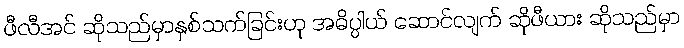
ဖီလီအင် ဆိုသည်မှာနှစ်သက်ခြင်းဟု အဓိပ္ပါယ် ဆောင်လျက် ဆိုဖီယား ဆိုသည်မှာ